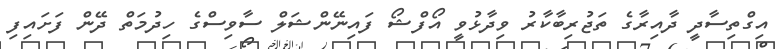
އިގްތިސާދީ ދާއިރާގެ ތަޖުރިބާކާރު ވިދާޅުވީ އޯފްޝޯ ފައިނޭންޝަލް ސާވިސްގެ ހިދުމަތް ދޭން ފަށައިފި